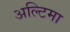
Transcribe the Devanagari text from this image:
अल्टिमा